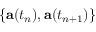
\{ \mathbf { a } ( t _ { n } ) , \mathbf { a } ( t _ { n + 1 } ) \}